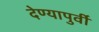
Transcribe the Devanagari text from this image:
देण्यापुर्वी